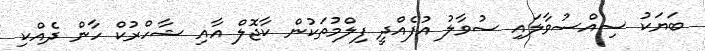
ބަޔަކު ސިއްސުވާލައި ސުވާލު އުފެއްދީ ފިލްމުތަކުން ކާޖޮލް އާއި ޝާހްރުކް ހާން ދެއްކި